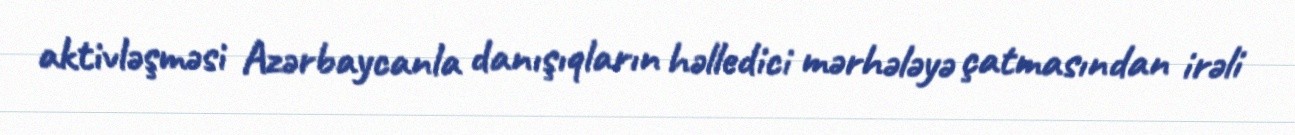
aktivləşməsi Azərbaycanla danışıqların həlledici mərhələyə çatmasından irəli